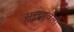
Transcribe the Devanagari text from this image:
सूक्तावली